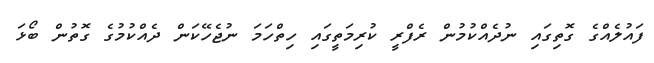
ފައުލެއްގެ ގޮތިގައި ނުދެއްކުމުން ރެފްރީ ކުރިމަތީގައި ހިތްހަމަ ނުޖެހޭކަން ދެއްކުމުގެ ގޮތުން ބޯޅަ